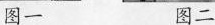
图一 图二